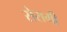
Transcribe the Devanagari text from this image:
सेरामी